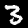
Label: 3